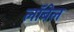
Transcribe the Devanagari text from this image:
लॉबेल